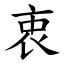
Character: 衷